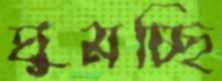
ঘুমচ্ছি